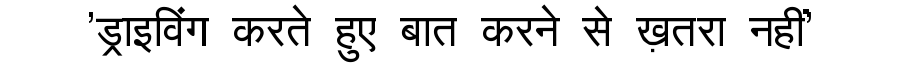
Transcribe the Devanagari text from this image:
'ड्राइविंग करते हुए बात करने से ख़तरा नहीं'